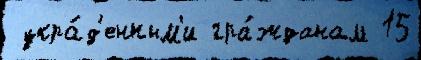
 укра́д'енным'и гра́жданам 15